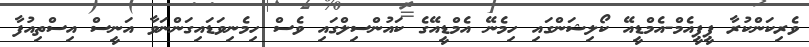
ވެރިކަންކުރާ ޕީޕީއެމް-އެމްޑީއޭ ކޯލިޝަންގައި ހިމެނޭ އެމްޑީއޭގެ ކައުންސިލްގައި ވެސް ހިމެނިވަޑައިގަންނަވާ އަނީސް އިސްތިއުފާ